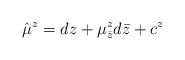
LaTeX: \begin{align*}\hat \mu ^z = dz + \mu^z_{\bar z}d\bar z + c^z\end{align*}